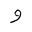
Letter: _waw